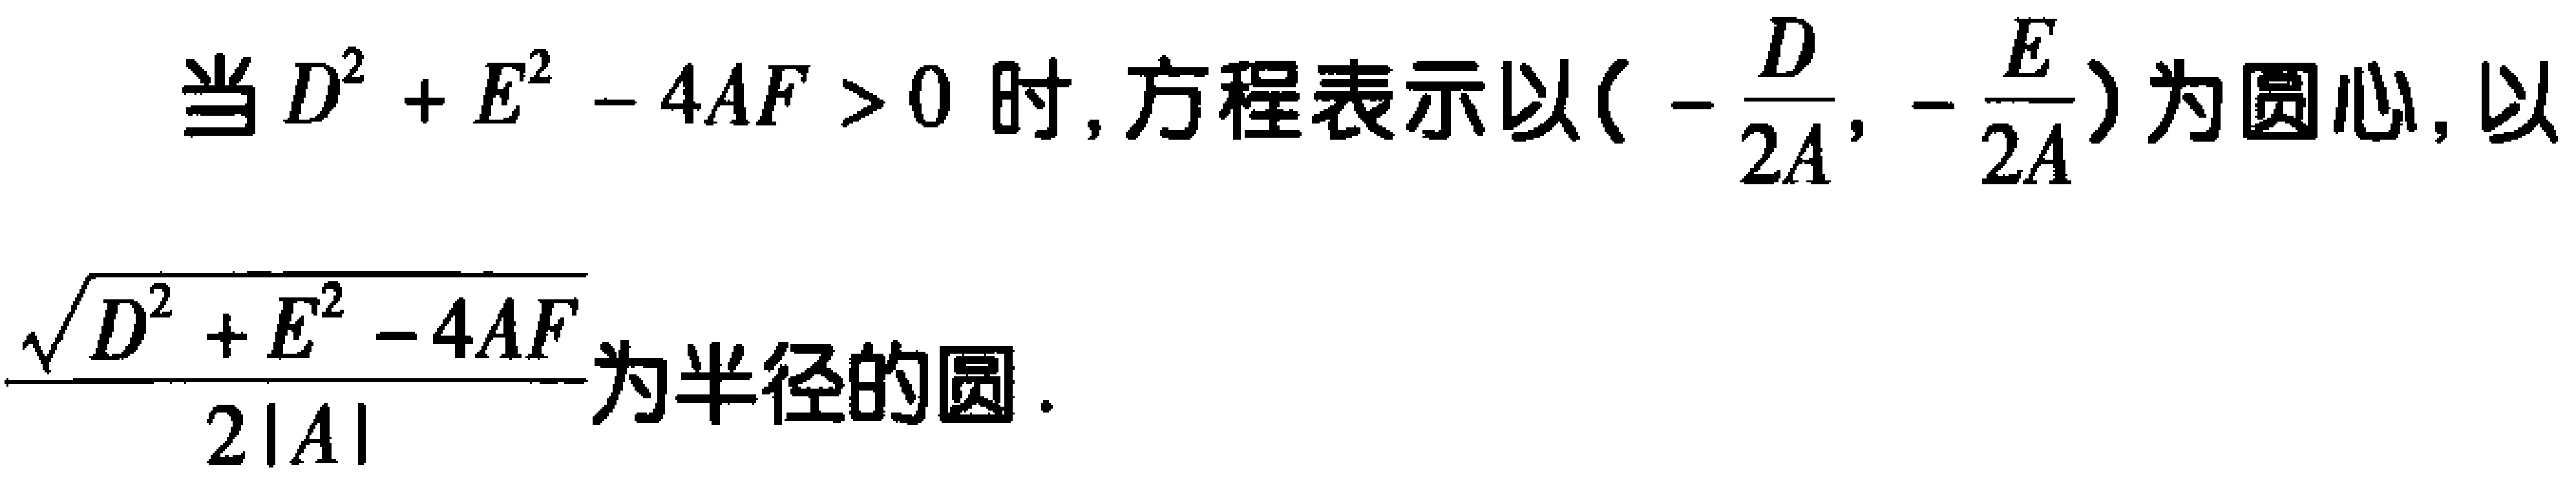
当\(D^{2}+E^{2}-4AF > 0\)时, 方程表示以\((-\frac{D}{2A}, -\frac{E}{2A})\)为圆心, 以\(\frac{\sqrt{D^{2}+E^{2}-4AF}}{2|A|}\)为半径的圆.